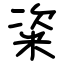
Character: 粢